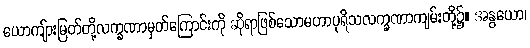
ယောကျ်ားမြတ်တို့လက္ခဏာမှတ်ကြောင်းကို ဆိုရာဖြစ်သောမဟာပုရိသလက္ခဏာကျမ်းတို့၌။ အနွယော၊